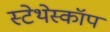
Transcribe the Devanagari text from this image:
स्‍टेथेस्‍कॉप